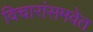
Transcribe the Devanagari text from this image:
विचारांसमवेत